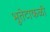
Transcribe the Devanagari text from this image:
भुतेटाकळी